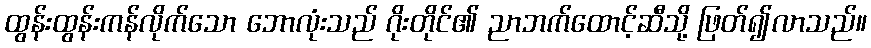
ထွန်းထွန်းကန်လိုက်သော ဘောလုံးသည် ဂိုးတိုင်၏ ညာဘက်ထောင့်ဆီသို့ ဖြတ်၍လာသည်။